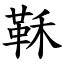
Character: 鞂